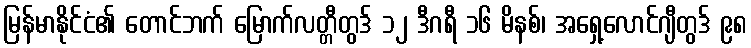
မြန်မာနိုင်ငံ၏ တောင်ဘက် မြောက်လတ္တီတွဒ် ၁၂ ဒီဂရီ ၁၆ မိနစ်၊ အရှေ့လောင်ဂျီတွဒ် ၉၈